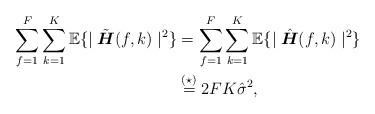
LaTeX: \begin{align*}\sum_{f=1}^{F}\sum_{k=1}^{K}\mathbb{E}\{\mid\tilde{\boldsymbol{H}}(f,k)\mid^2\}&=\sum_{f=1}^{F}\sum_{k=1}^{K}\mathbb{E}\{\mid\hat{\boldsymbol{H}}(f,k)\mid^2\}\\&\stackrel{(\star)}{=}2FK\hat{\sigma}^2, \end{align*}